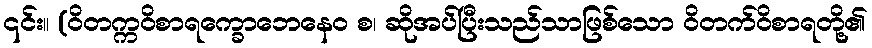
၎င်း။ (ဝိတက္ကဝိစာရက္ခောဘေနေဝ စ၊ ဆိုအပ်ပြီးသည်သာဖြစ်သော ဝိတက်ဝိစာရတို့၏